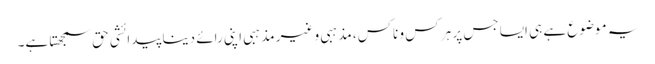
یہ موضوع ہے ہی ایسا جس پر ہر کس و ناکس، مذہبی و غیر مذہبی اپنی رائے دینا پیدائشی حق سمجھتا ہے۔